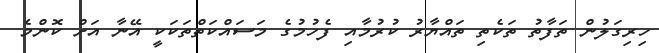
ހިރިގަލުން ތަފާތު ތަކެތި ތައްޔާރު ކުރުމާއި ފެހުމުގެ މަސައްކަތްތަކަކީ އޭނާ އަށް ކޮންމެ